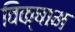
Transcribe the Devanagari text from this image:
विक्षाम